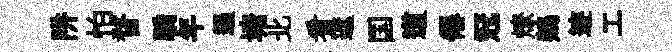
阱怕瞀驕年遏塘北看遮国道僊冠燎鵷迹工